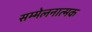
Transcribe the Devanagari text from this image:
सम्मेलनात्मक